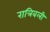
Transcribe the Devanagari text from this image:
रात्रिबली